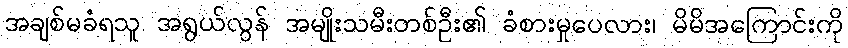
အချစ်မခံရသူ အရွယ်လွန် အမျိုးသမီးတစ်ဦး၏ ခံစားမှုပေလား၊ မိမိအကြောင်းကို